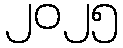
၂၀၂၅